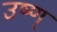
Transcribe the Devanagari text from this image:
उष्ण्